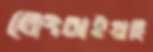
লেংচাইয়াছি